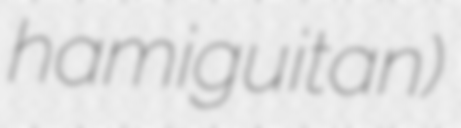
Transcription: hamiguitan)